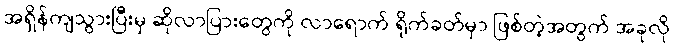
အရှိန်ကျသွားပြီးမှ ဆိုလာပြားတွေကို လာရောက် ရိုက်ခတ်မှာ ဖြစ်တဲ့အတွက် အခုလို